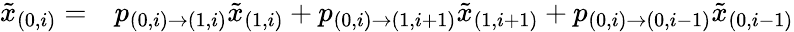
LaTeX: \begin{array}{rl}{\tilde{x}_{(0,i)}=}&{{}p_{(0,i)\to(1,i)}\tilde{x}_{(1,i)}+p_{(0,i)\to(1,i+1)}\tilde{x}_{(1,i+1)}+p_{(0,i)\to(0,i-1)}\tilde{x}_{(0,i-1)}}\end{array}